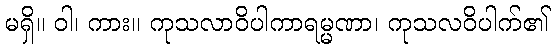
မရှိ။ ဝါ၊ ကား။ ကုသလာဝိပါကာရမ္မဏာ၊ ကုသလဝိပါက်၏